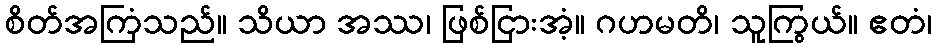
စိတ်အကြံသည်။ သိယာ အဿ၊ ဖြစ်ငြားအံ့။ ဂဟမတိ၊ သူကြွယ်။ ဧတံ၊